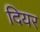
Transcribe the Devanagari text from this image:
दियर